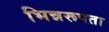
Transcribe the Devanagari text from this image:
भिन्नरूपता